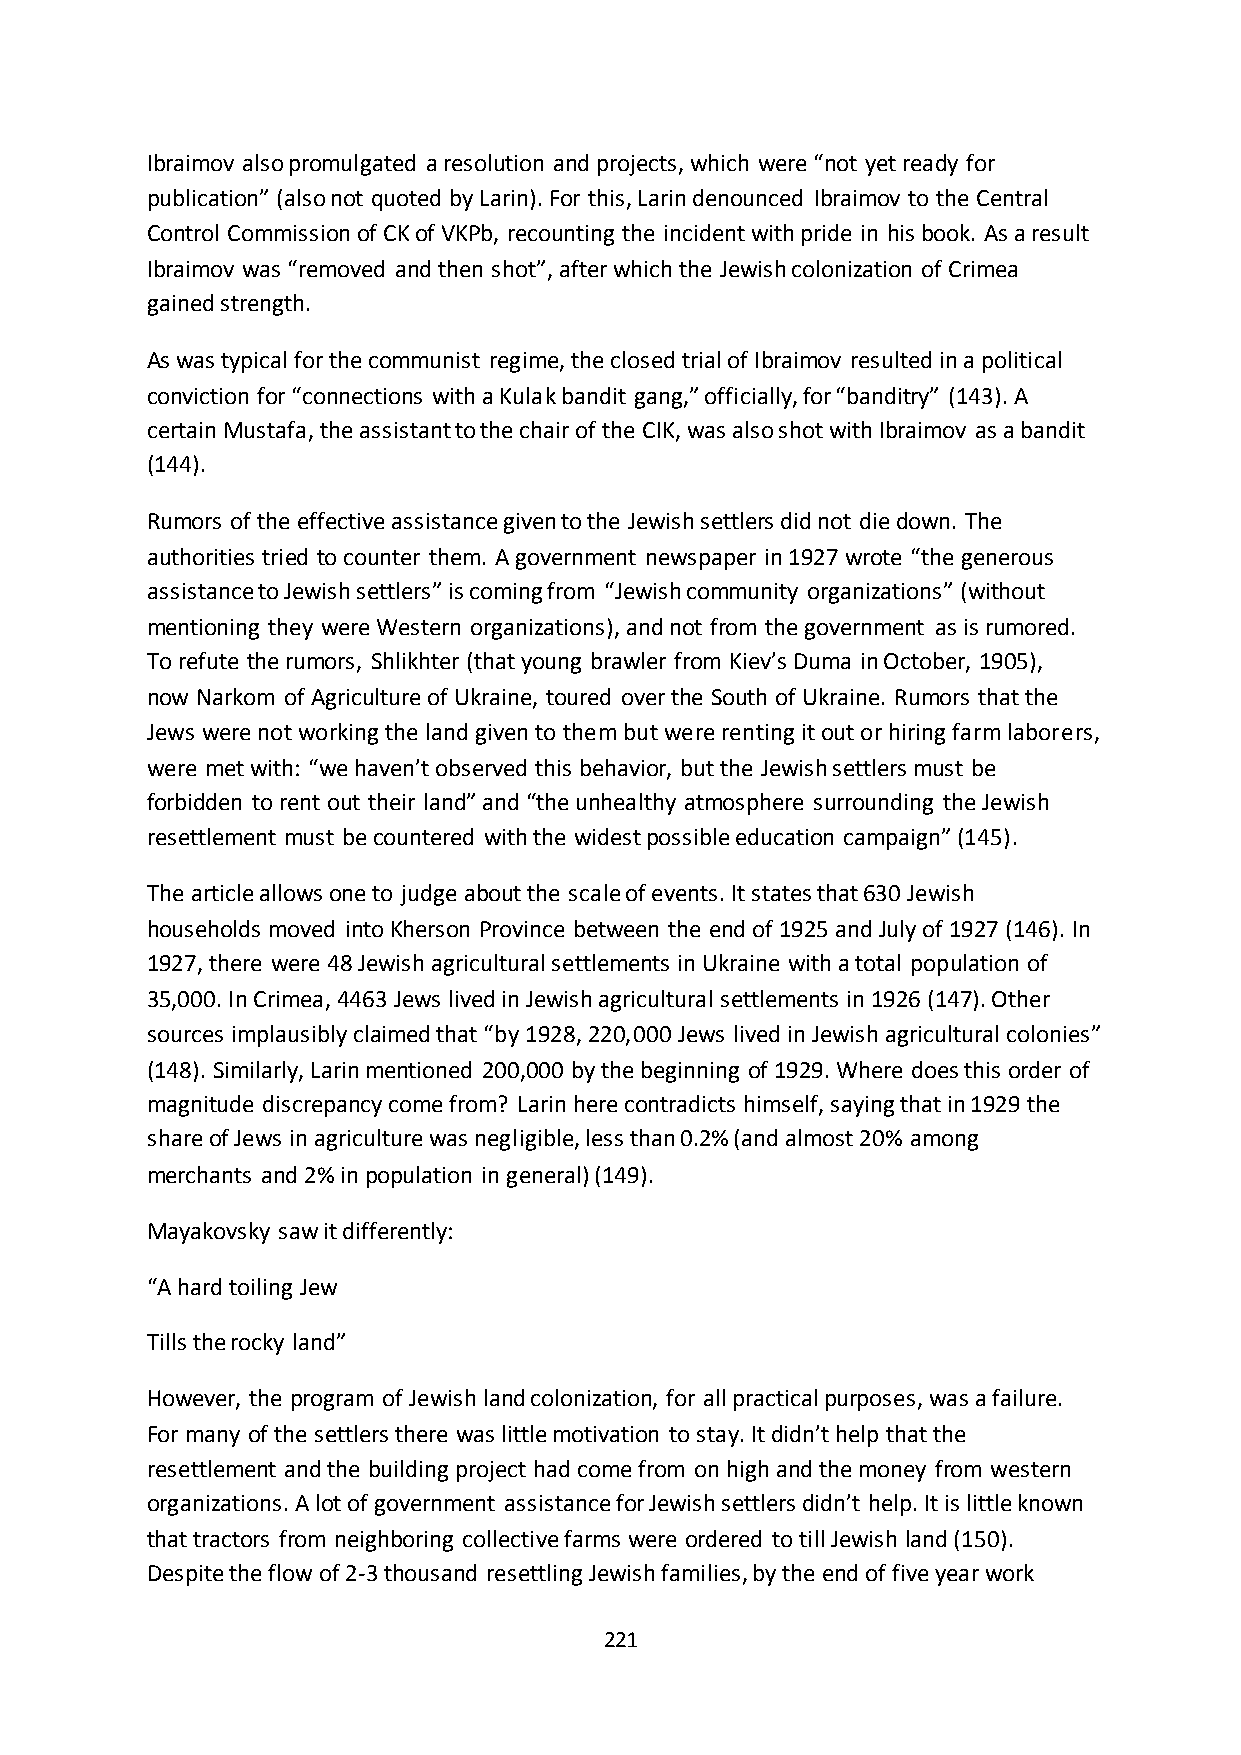
Ibraimov also promulgated a resolution and projects, which were “not yet ready for
 publication” (also not quoted by Larin). For this, Larin denounced Ibraimov to the Central
 Control Commission of CK of VKPb, recounting the incident with pride in his book. As a result
 Ibraimov was “removed and then shot”, after which the Jewish colonization of Crimea
 gained strength.
 As was typical for the communist regime, the closed trial of Ibraimov resulted in a political
 conviction for “connections with a Kulak bandit gang,” officially, for “banditry” (143). A
 certain Mustafa, the assistant to the chair of the CIK, was also shot with Ibraimov as a bandit
 (144).
 Rumors of the effective assistance given to the Jewish settlers did not die down. The
 authorities tried to counter them. A government newspaper in 1927 wrote “the generous
 assistance to Jewish settlers” is coming from “Jewish community organizations” (without
 mentioning they were Western organizations), and not from the government as is rumored.
 To refute the rumors, Shlikhter (that young brawler from Kiev’s Duma in October, 1905),
 now Narkom of Agriculture of Ukraine, toured over the South of Ukraine. Rumors that the
 Jews were not working the land given to them but were renting it out or hiring farm laborers,
 were met with: “we haven’t observed this behavior, but the Jewish settlers must be
 forbidden to rent out their land” and “the unhealthy atmosphere surrounding the Jewish
 resettlement must be countered with the widest possible education campaign” (145).
 The article allows one to judge about the scale of events. It states that 630 Jewish
 households moved into Kherson Province between the end of 1925 and July of 1927 (146). In
 1927, there were 48 Jewish agricultural settlements in Ukraine with a total population of
 35,000. In Crimea, 4463 Jews lived in Jewish agricultural settlements in 1926 (147). Other
 sources implausibly claimed that “by 1928, 220,000 Jews lived in Jewish agricultural colonies”
 (148). Similarly, Larin mentioned 200,000 by the beginning of 1929. Where does this order of
 magnitude discrepancy come from? Larin here contradicts himself, saying that in 1929 the
 share of Jews in agriculture was negligible, less than 0.2% (and almost 20% among
 merchants and 2% in population in general) (149).
 Mayakovsky saw it differently:
 “A hard toiling Jew
 Tills the rocky land”
 However, the program of Jewish land colonization, for all practical purposes, was a failure.
 For many of the settlers there was little motivation to stay. It didn’t help that the
 resettlement and the building project had come from on high and the money from western
 organizations. A lot of government assistance for Jewish settlers didn’t help. It is little known
 that tractors from neighboring collective farms were ordered to till Jewish land (150).
 Despite the flow of 2-3 thousand resettling Jewish families, by the end of five year work
 221